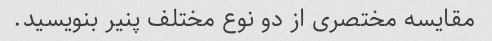
مقایسه مختصری از دو نوع مختلف پنیر بنویسید.